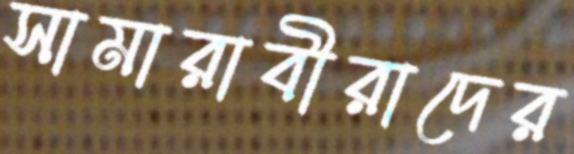
সামারাবীরাদের